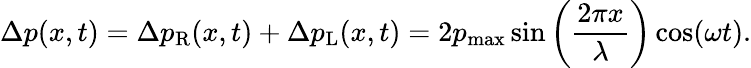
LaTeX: \Delta p(x,t)=\Delta p_{\mathrm{R}}(x,t)+\Delta p_{\mathrm{L}}(x,t)=2p_{\mathrm{max}}\sin\left({\frac{2\pi x}{\lambda}}\right)\cos(\omega t).